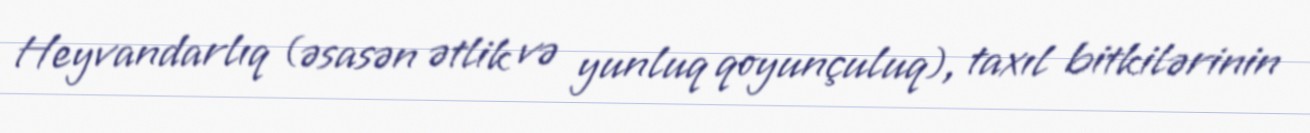
Heyvandarlıq (əsasən ətlik və yunluq qoyunçuluq), taxıl bitkilərinin